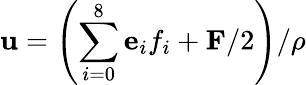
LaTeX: \mathbf{u}=\left(\sum_{i=0}^{8}\mathbf{e}_{i}f_{i}+\mathbf{F}/2\right)/\rho